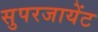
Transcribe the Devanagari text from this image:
सुपरजायेंट